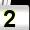
Digit: 2